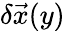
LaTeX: \delta\vec{x}(y)